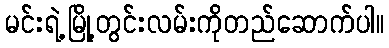
မင်းရဲ့မြို့တွင်းလမ်းကိုတည်ဆောက်ပါ။